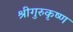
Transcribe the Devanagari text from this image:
श्रीगुरुकृष्ण